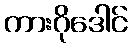
ကားဂိုဒေါင်